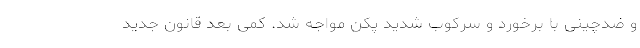
و ضدچینی با برخورد و سرکوب شدید پکن مواجه شد. کمی بعد قانون جدید